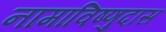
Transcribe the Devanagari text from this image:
नामाविष्णुदास